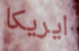
ايريكا